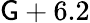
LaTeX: \mathsf{G}+6.2